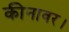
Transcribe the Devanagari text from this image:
कीनावर।